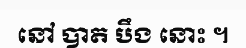
នៅ បាត បឹង នោះ ។